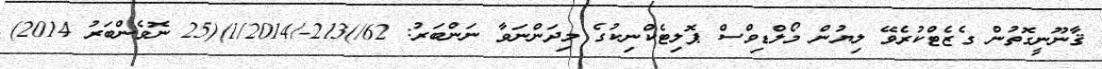
ޤާނޫނީގޮތުން ގެޒެޓްކުރެވޭ ލިޔުން މޯލްޑިވްސް ޕޮލިޓެކްނިކުގެ މިދަންނަވާ ނަންބަރު: 62/)213-/1/2014)(25 ނޮވެންބަރު 2014)